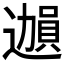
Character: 𫑊